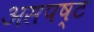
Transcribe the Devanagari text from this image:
असपष्ट